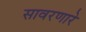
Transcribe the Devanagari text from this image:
सावरणारे